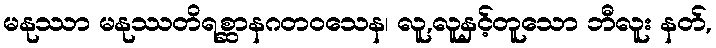
မနုဿာ မနုဿတိရစ္ဆာနဂတဝသေန၊ လူ,လူနှင့်တူသော ဘီလူး နတ်,